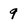
Character: 9